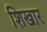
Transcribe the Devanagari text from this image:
शिखार